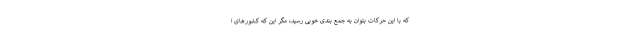
که با این حرکات بتوان به جمع بندی خوبی رسید، مگر این که کشورهای ا